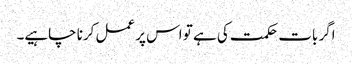
اگر بات حکمت کی ہے تو اس پر عمل کرنا چاہیے۔